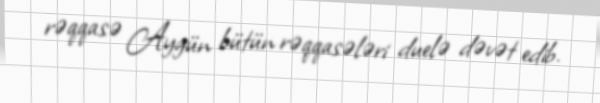
rəqqasə Aygün bütün rəqqasələri duelə dəvət edib.